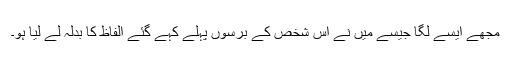
مجھے ایسے لگا جیسے میں نے اس شخص کے برسوں پہلے کہے گئے الفاظ کا بدلہ لے لیا ہو۔